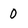
Character: 0